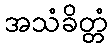
အသံခိတ္တံ